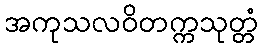
အကုသလဝိတက္ကသုတ္တံ